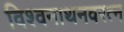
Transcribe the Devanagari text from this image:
विश्वनाथनवरत्न